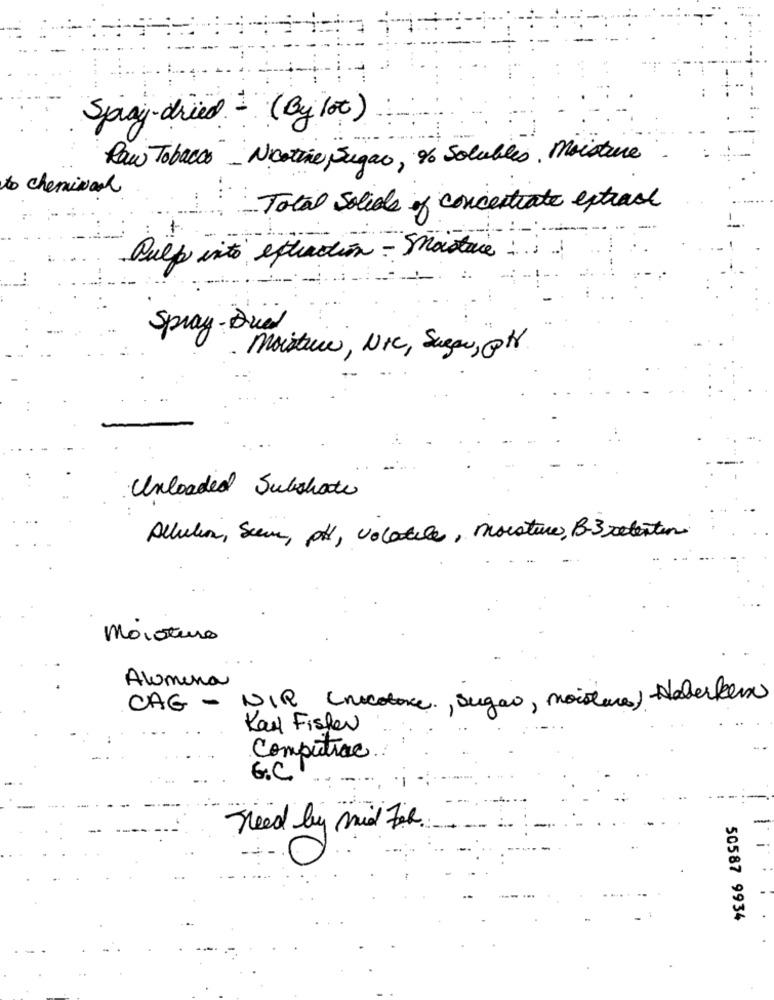
Spray - dried - (By lot )
Raw Tobacco _ Nicotine, Sugar, % Solubles. Moisture
to cheminal
Total Solials of concentrate extract
Pulp into extraction - Maistaie ::
Spray - Dried
moisture , NIC, Sugar, PH
Unloaded Substrate
Allelin, Sem, pt, volatile, Moisture, B-3 retention
Moisture
Alumina
CAG - DIR (nicotore, sugar, moisture) Haberler
Karl Fisher
Computrace
G.C
need by mid For.
50587 9934